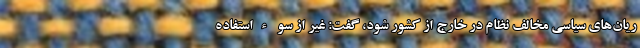
ریان‌های سیاسی مخالف نظام در خارج از کشور شود، گفت: غیر از سوءاستفاده